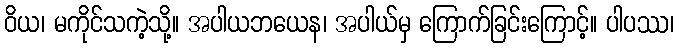
ဝိယ၊ မကိုင်သကဲ့သို့။ အပါယဘယေန၊ အပါယ်မှ ကြောက်ခြင်းကြောင့်။ ပါပဿ၊